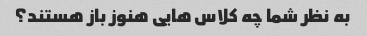
به نظر شما چه کلاس هایی هنوز باز هستند؟